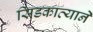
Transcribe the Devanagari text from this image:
सिडकाव्याने